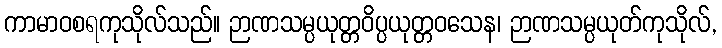
ကာမာဝစရကုသိုလ်သည်။ ဉာဏသမ္ပယုတ္တဝိပ္ပယုတ္တဝသေန၊ ဉာဏသမ္ပယုတ်ကုသိုလ်,